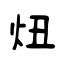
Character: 炄